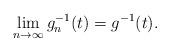
LaTeX: \begin{align*} \lim_{n \rightarrow \infty} g_n^{-1}(t) = g^{-1}(t). \end{align*}